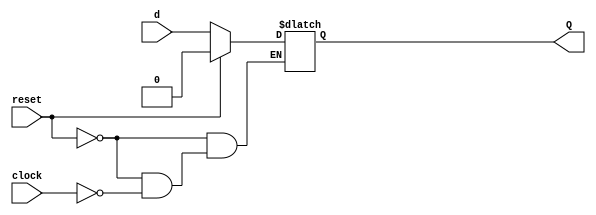
module latch(Q, d, clock, reset);

output Q;
input d, clock, reset;

reg q;

assign Q = q;

//A level sensitive latch with asynchronous reset 
always @( reset or clock or d) 
//Wait for reset or clock or d to change
begin 
        if (reset) 							 //if reset signal is high, set q to 0. 
                q = 1'b0; 
        else    if(clock)       //if clock is high, latch input  
                q = d; 
end 

endmodule